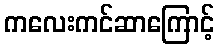
ကလေးကင်ဆာကြောင့်